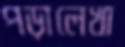
পড়ালেখা